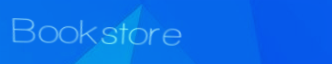
Bookstore